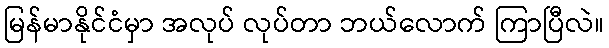
မြန်မာနိုင်ငံမှာ အလုပ် လုပ်တာ ဘယ်လောက် ကြာပြီလဲ။